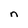
Character: n